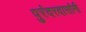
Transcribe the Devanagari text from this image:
पुरंदरदासांनी